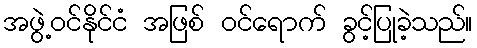
အဖွဲ့ဝင်နိုင်ငံ အဖြစ် ဝင်ရောက် ခွင့်ပြုခဲ့သည်။